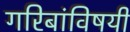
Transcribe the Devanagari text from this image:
गरिबांविषयी